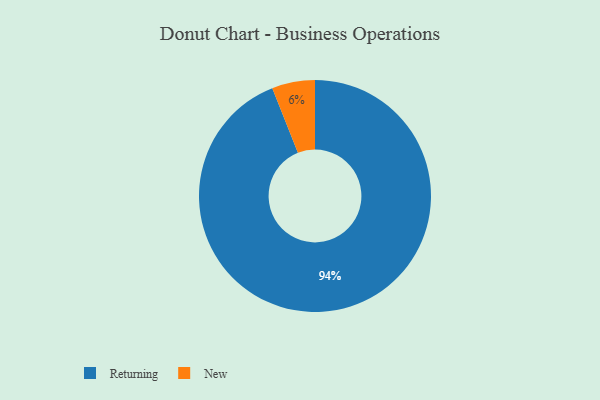
{"axis": {"x": "Category", "y": "Percentage"}, "legend": ["New", "Returning"], "data": [{"x": "Returning", "y": 94, "type": "Returning"}, {"x": "New", "y": 6, "type": "New"}]}